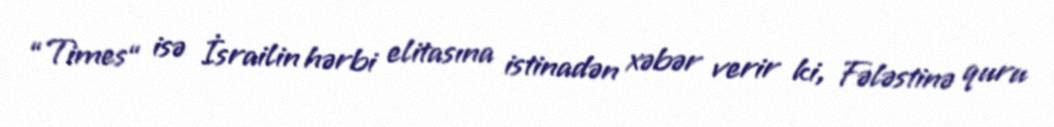
“Times“ isə İsrailin hərbi elitasına istinadən xəbər verir ki, Fələstinə quru